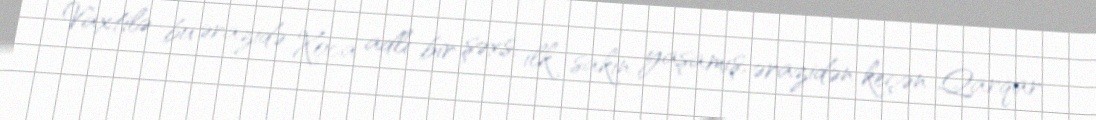
Vaxtilə bu ərazidə Xoca adlı bir şəxs, ilk sakin yaşamış, ərazidən keçən Qarqar